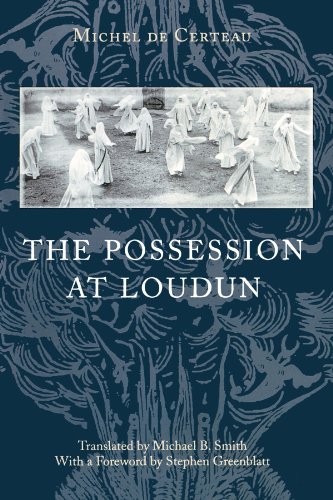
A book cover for The Possession at Loudun; Michel de Certeau; Religion & Spirituality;